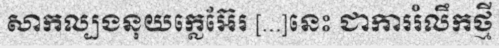
សាកល្បងនុយក្លេអ៊ែរ [...]នេះ ជាការរំលឹកថ្មី